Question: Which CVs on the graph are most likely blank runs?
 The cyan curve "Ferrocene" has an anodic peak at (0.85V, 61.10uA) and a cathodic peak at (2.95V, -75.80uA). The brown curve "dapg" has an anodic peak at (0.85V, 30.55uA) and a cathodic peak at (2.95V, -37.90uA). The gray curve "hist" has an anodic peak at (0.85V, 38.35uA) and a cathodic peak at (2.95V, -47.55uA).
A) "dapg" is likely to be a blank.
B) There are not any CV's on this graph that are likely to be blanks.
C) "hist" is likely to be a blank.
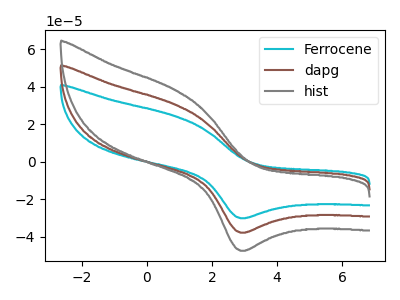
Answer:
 <answer>B) There are not any CV's on this graph that are likely to be blanks.</answer>
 <eval>B</eval>